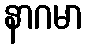
နာဂမာ